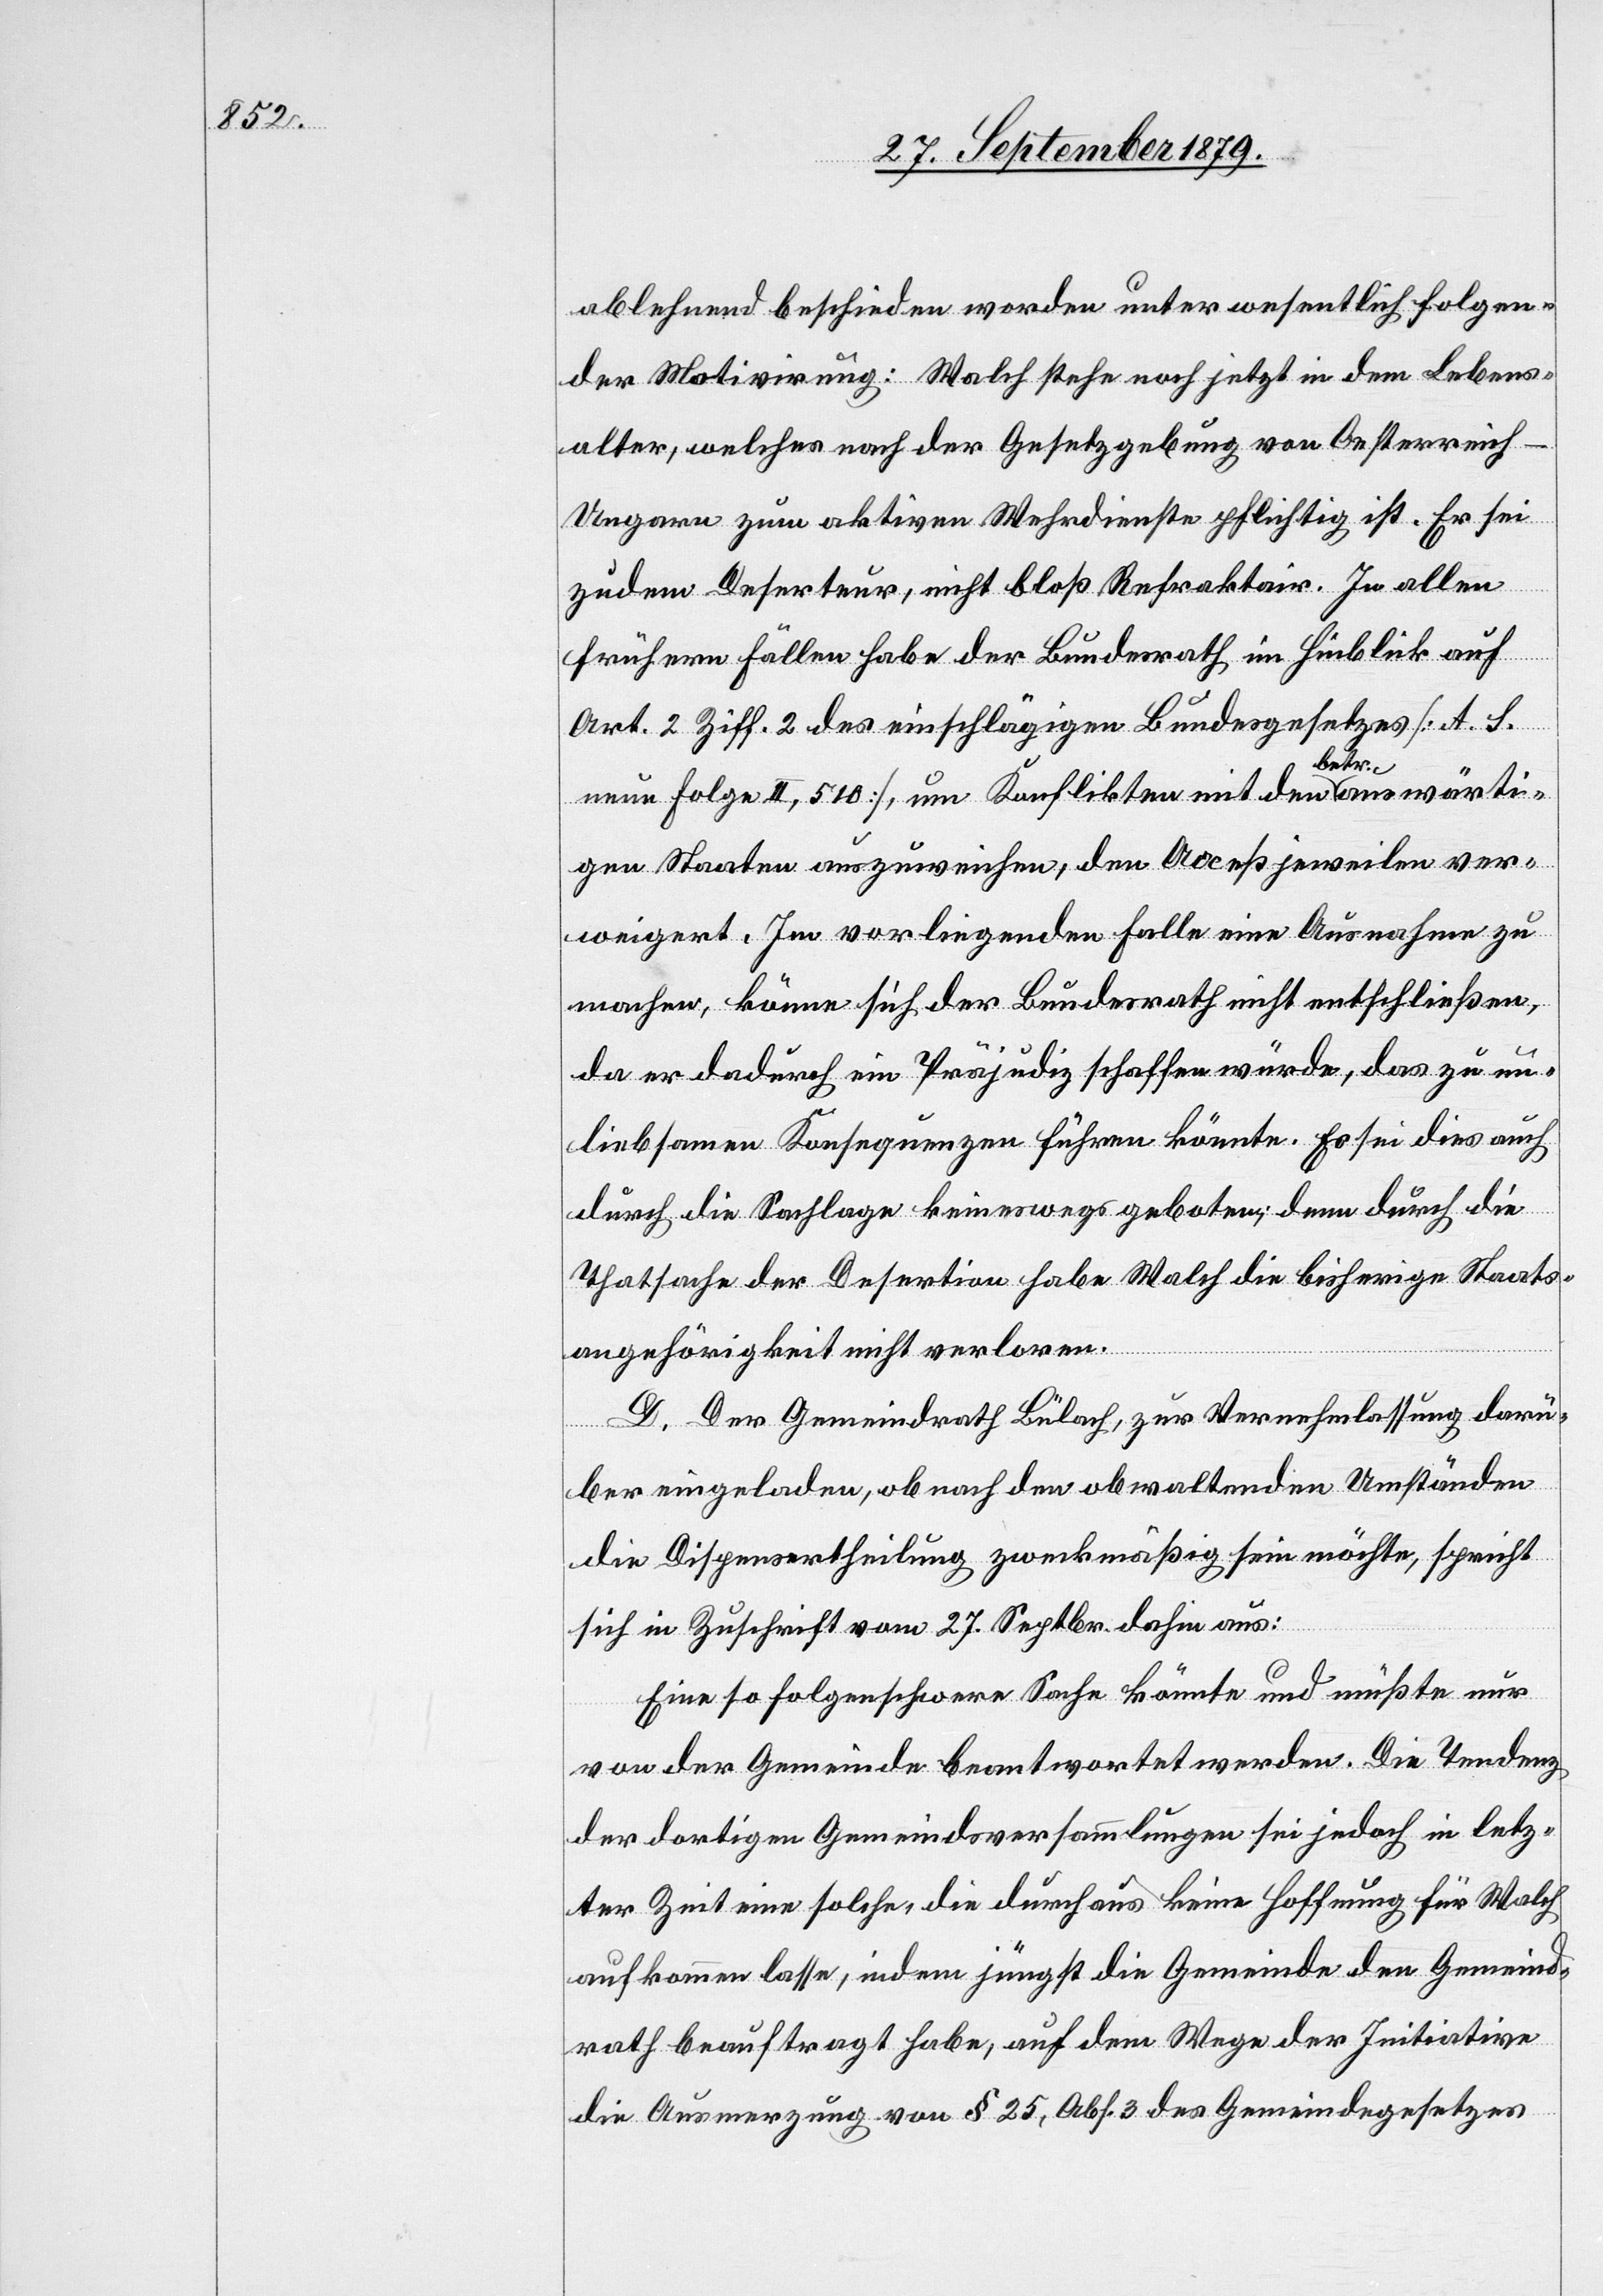
ablehnend beschieden werden unter wesentlich folgen¬
der Motivirung: Walch stehe noch jetzt in dem Lebens¬
alter, welches nach der Gesetzgebung von Oesterreic¬
h-Ungarn zum aktiven Wehrdienste pflichtig ist. Er sei
zudem Deserteur, nicht bloß Refraktär. In allen
frühern Fällen habe der Bundesrath im Hinblick auf
Art. 2 Ziff. 2 des einschlägigen Bundesgesetzes [A. S.
neue Folge II, 510], um Konflikten mit den betr. auswärti¬
gen Staaten auszuweichen, den Acceß jeweilen ver¬
weigert. Im vorliegenden Falle eine Ausnahme zu
machen, könne sich der Bundesrath nicht entschließen,
da er dadurch ein Präjudiz schaffen würde, das zu un¬
liebsamen Konsequenzen führen könnte. Es sei dies auch
durch die Sachlage keineswegs geboten; denn durch die
Thatsache der Desertion habe Walch die bisherige Staats¬
angehörigkeit nicht verloren.
D. Der Gemeindrath Bülach, zur Vernehmlassung darü¬
ber eingeladen, ob nach den obwaltenden Umständen
die Dispensertheilung zweckmäßig sein möchte, spricht
sich in Zuschrift vom 27. Septbr. dahin aus:
Eine so folgenschwere Sache könnte und müßte nur
von der Gemeinde beantwortet werden. Die Tendenz
der dortigen Gemeindsversammlungen sei jedoch in letz¬
ter Zeit eine solche, die durchaus keine Hoffnung für Walch
aufkommen lasse, indem jüngst die Gemeinde den Gemeind¬
rath beauftragt habe, auf dem Wege der Initiation
die Ausmerzung von § 25, Abs. 3 des Gemeindegesetzes